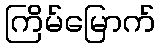
ကြိမ်မြောက်